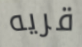
قريه